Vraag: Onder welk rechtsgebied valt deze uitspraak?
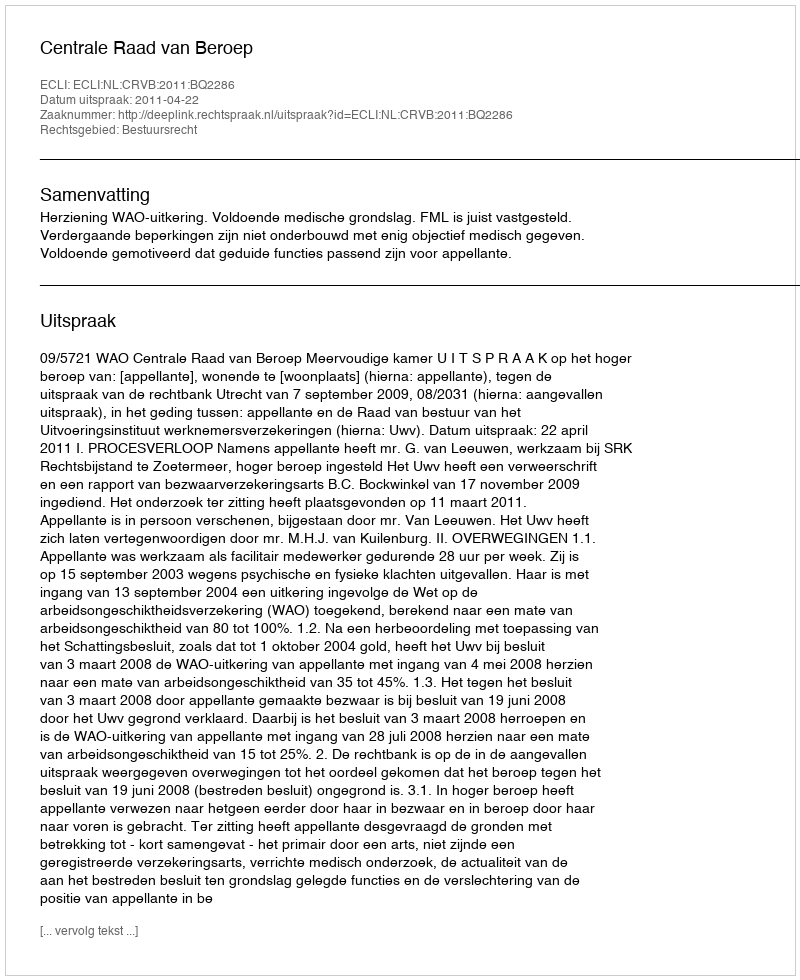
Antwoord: Bestuursrecht